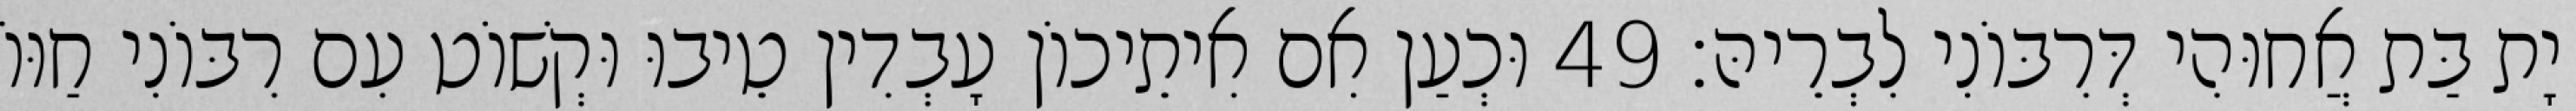
יָת בַּת אֲחוּהִי דְּרִבּוֹנִי לִבְרֵיהּ׃ 49 וּכְעַן אִם אִיתֵיכוֹן עָבְדִין טֵיבוּ וּקְשׁוֹט עִם רִבּוֹנִי חַוּוֹ